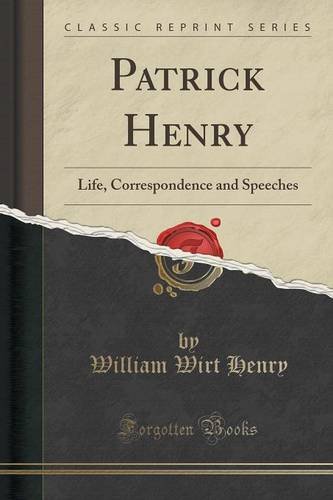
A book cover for Patrick Henry: Life, Correspondence and Speeches (Classic Reprint); William Wirt Henry; Literature & Fiction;